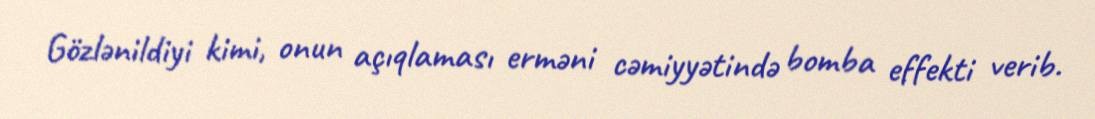
Gözlənildiyi kimi, onun açıqlaması erməni cəmiyyətində bomba effekti verib.